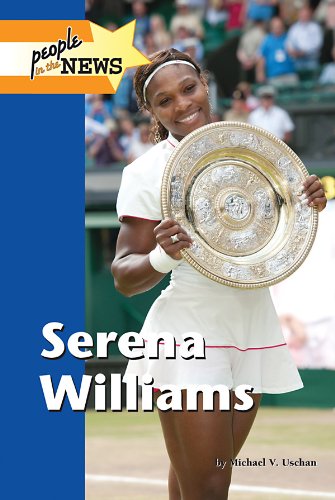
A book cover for Serena Williams (People in the News); Michael V. Uschan; Teen & Young Adult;